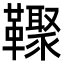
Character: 𩍧